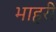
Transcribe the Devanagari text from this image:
भाहरी